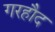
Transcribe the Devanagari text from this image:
गरहौद